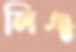
লিঞ্চ